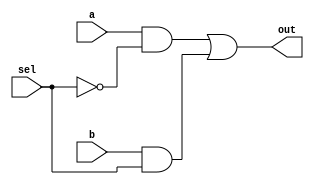
//module mux_gate_level_v(out, a, b, sel);
//  output out;
//  input a, b, sel;

`timescale 1ns / 1ns

module mux_gate_level_v(output out, input a, input b, input sel);
  
  wire f1, f2, nsel;
  
  or g3(out, f1, f2);
  and g1(f1, a, nsel), g2(f2, b, sel);
  not g4(nsel, sel);
  
endmodule